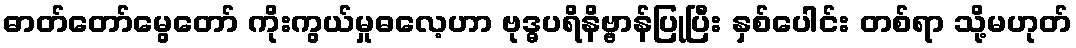
ဓာတ်တော်မွေတော် ကိုးကွယ်မှုဓလေ့ဟာ ဗုဒ္ဓပရိနိဗ္ဗာန်ပြုပြီး နှစ်ပေါင်း တစ်ရာ သို့မဟုတ်